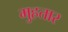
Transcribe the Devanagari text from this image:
मुहतार